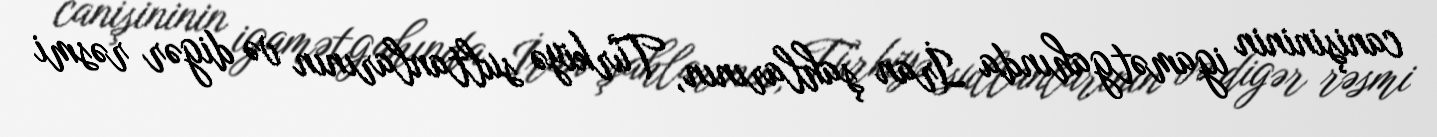
canişininin igamətgahında İran şahlarının, Türkiyə sultanlarının və digər rəsmi